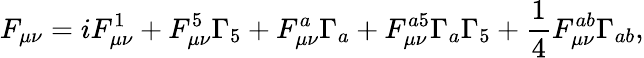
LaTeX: F_{\mu\nu}=iF_{\mu\nu}^{1}+F_{\mu\nu}^{5}\Gamma_{5}+F_{\mu\nu}^{a}\Gamma_{a}+F_{\mu\nu}^{a5}\Gamma_{a}\Gamma_{5}+\frac{1}{4}F_{\mu\nu}^{ab}\Gamma_{ab},